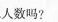
总人数吗?